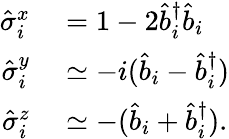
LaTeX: \begin{array}{rl}{\hat{\sigma}_{i}^{x}}&{{}=1-2\hat{b}_{i}^{\dagger}\hat{b}_{i}}\\ {\hat{\sigma}_{i}^{y}}&{{}\simeq-i(\hat{b}_{i}-\hat{b}_{i}^{\dagger})}\\ {\hat{\sigma}_{i}^{z}}&{{}\simeq-(\hat{b}_{i}+\hat{b}_{i}^{\dagger}).}\end{array}